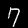
Digit: 7